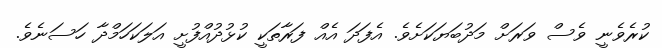
ކުރެވެނީ ވެސް ވަރަށް މަދުބަޔަކަށެވެ. އެފަދަ އެއް ފަރާތަކީ ކުޅުދުއްފުށީ އަލަކަހަމްދާ ހަސަނެވެ.